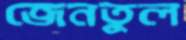
জেনতুল